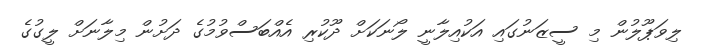
ލިވަޕޫލުން މި ސީޒަނުގައި އަކުއިލާނީ ލޯނަކަށް ދޫކުރި އެއްބަސްވުމުގެ ދަށުން މިލާނަށް ލީގުގެ